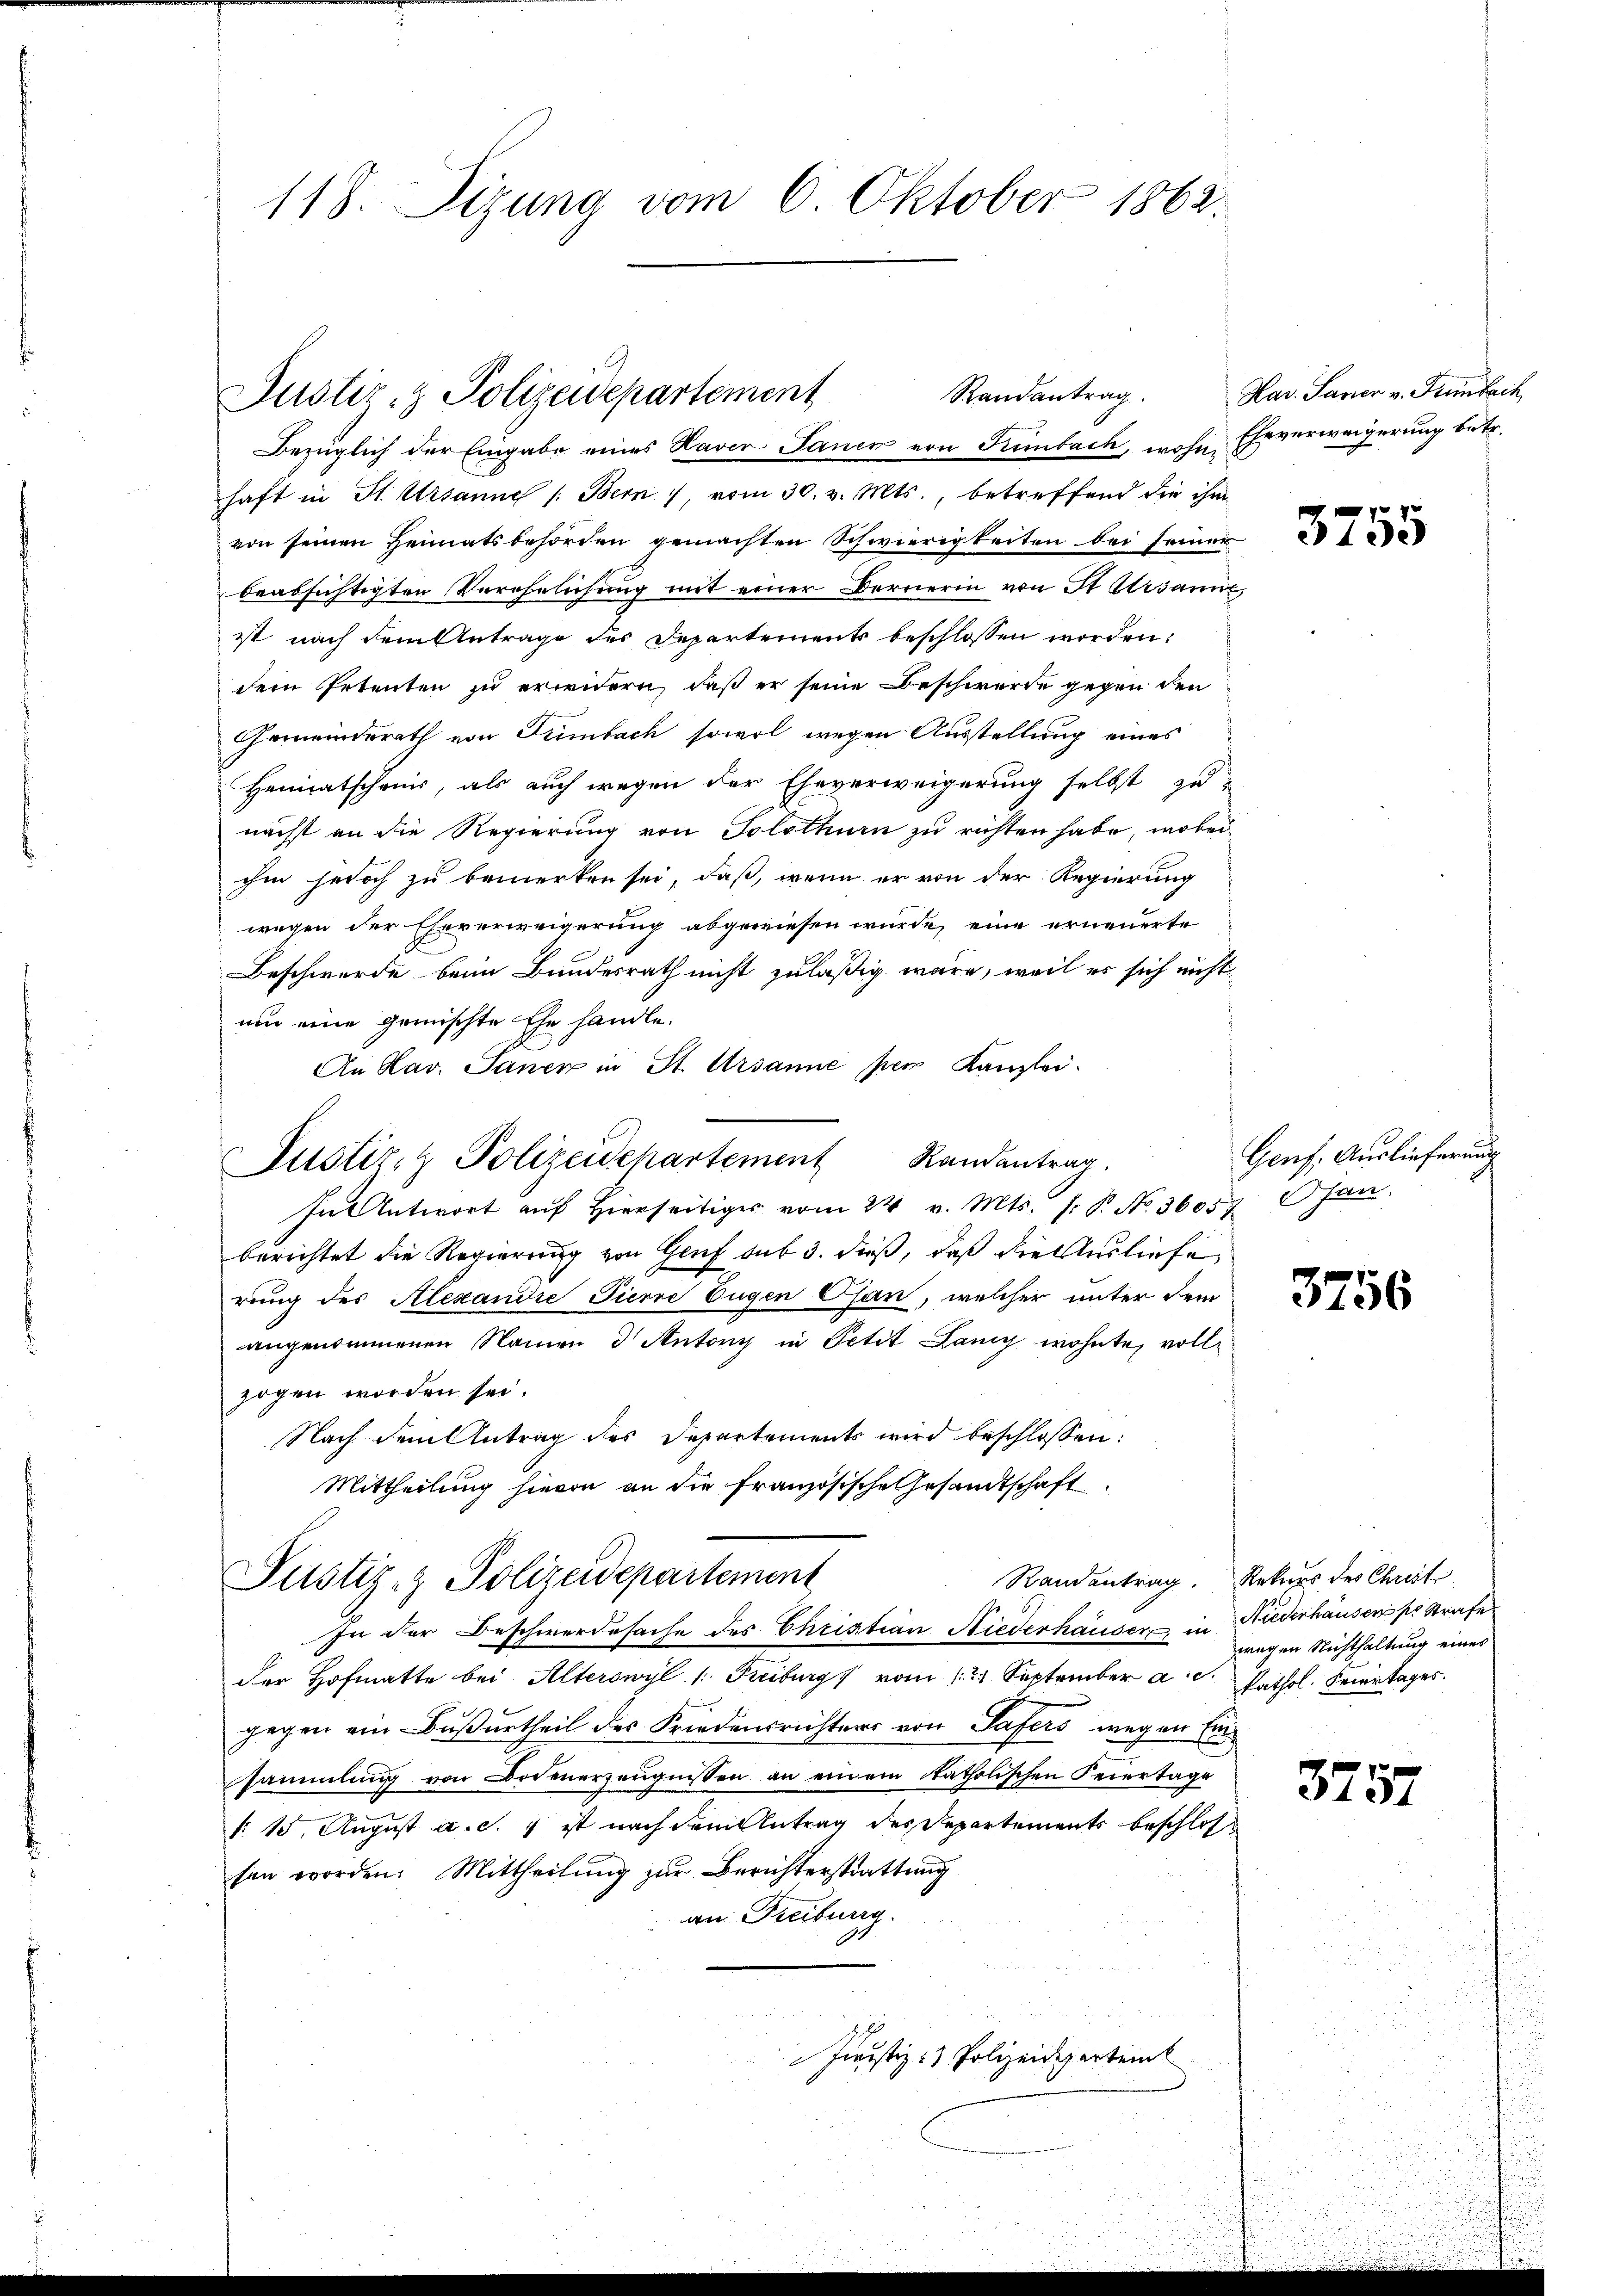
118. Sizung vom 6. Oktober 1862.

Randantrag.
Justiz- & Polizeidepartement

Bezüglich der Eingabe eines Raver Sanen von Tumbach, wohin Ehrverweigerung betr.
haft in St. Ursannes /: Bern, vom 30. v. Mts., betreffend die ihm
von seinen Heimatsbehörden gemachten Schwierigkeiten bei seiner
beabsichtigten Verehelichŭng mit einer Bernerin von St. Gesanne,
ist nach dem Antrage des Departements beschlossen worden.
dein Petenten zu erwidern, daß er seine Beschwerde gegen den
Gemeinderath von Trimbach sowol wegen Ausstellung eines
Heimatschanis, als auch wegen der Eheverweigerung selbst zu-
nächst an die Regierung von Solothurn zu richten habe, wobei
ihm jedoch zu bemerken sei, daß, wenn er von der Regierung
wegen der Eheverweigerung abgewiesen wurde, eine erneuerte
Beschwerde beim Bundesrath nicht zuläßig wäre, weil es sich nicht
um eine gemischte Ehe handle.
An Hav. Sanen in St. Ursanne per Kanzlei.
Justiz- & Polizeidepartement Randantrag.
In Antwort auf hierseitiger vom 24. v. Mts. s. B. No. 36057 Ofan.
berichtet die Regierung von Genf sub 3. dieß, daß die Ausliefe,
rung des Alexandre Tierre Eugen Osan, welcher unter dem
angenommenen Namen & Antony in Petit Lany wohnte, vollzogen worden sei.
Nach dem Antrag des Departements wird beschlossen:
Mittheilung hievon an die französische Gesandtschaft
Randentrag. Rekurs des Christ
Pustiz- & Polizeidepartement
In der Beschwerdesache des Christian Niederhäuser in Niederhausen per Strafe
der Hofmatte bei Alterswyl /: Freiburg vom 12 September a.c. Pathol. Feiertages.
gegen ein Bußurtheil des Friedensrichters von Safers wegen Einsammlung von Bodenerzeugnissen an einem katholischen Feiertage
: 15 August a. c. 1 ist nach dem Antrag des Departements beschlossen worden. Mittheilung zur Berichterstrattung
an Freiburg.
Juristiz- & Polizeideparteint

Hav. Sauer v. Tumbach

3755

Gonf. Auslieferung

3756

wegen Nichthaltung eines

3757